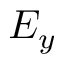
E _ { y }